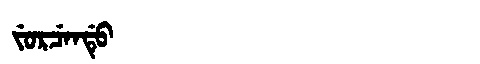
Manchu: ᠵᡠᡵᠴᡝᠨᡩᡠ
Romanization: JURCENDU